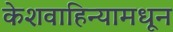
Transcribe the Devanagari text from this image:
केशवाहिन्यामधून